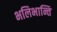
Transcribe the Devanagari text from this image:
भलिभान्ति